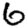
Digit: 6